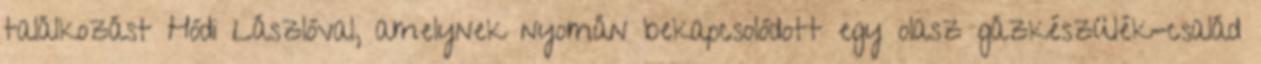
találkozást Hódi Lászlóval, amelynek nyomán bekapcsolódott egy olasz gázkészülék-család